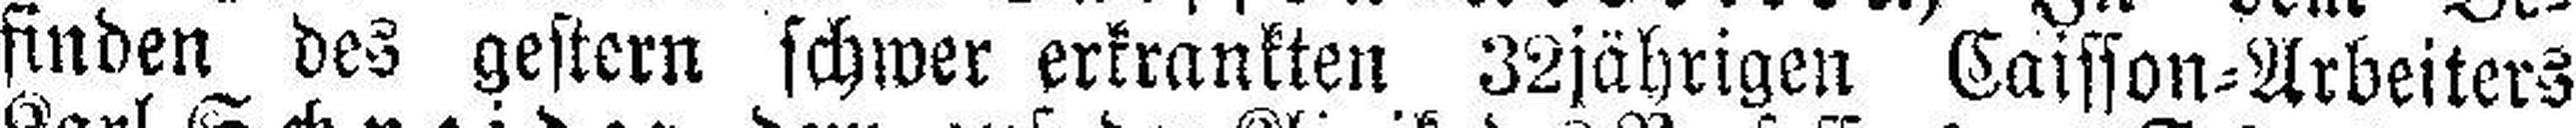
finden des gestern schwer erkrankten 32jährigen Caisson=Arbeiters